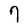
Character: 7